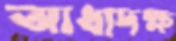
আধাদক্ষ